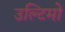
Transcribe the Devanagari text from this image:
उल्टिमो